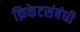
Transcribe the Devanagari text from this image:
क्रिकेटसंबंधी